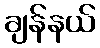
ချန်နယ်